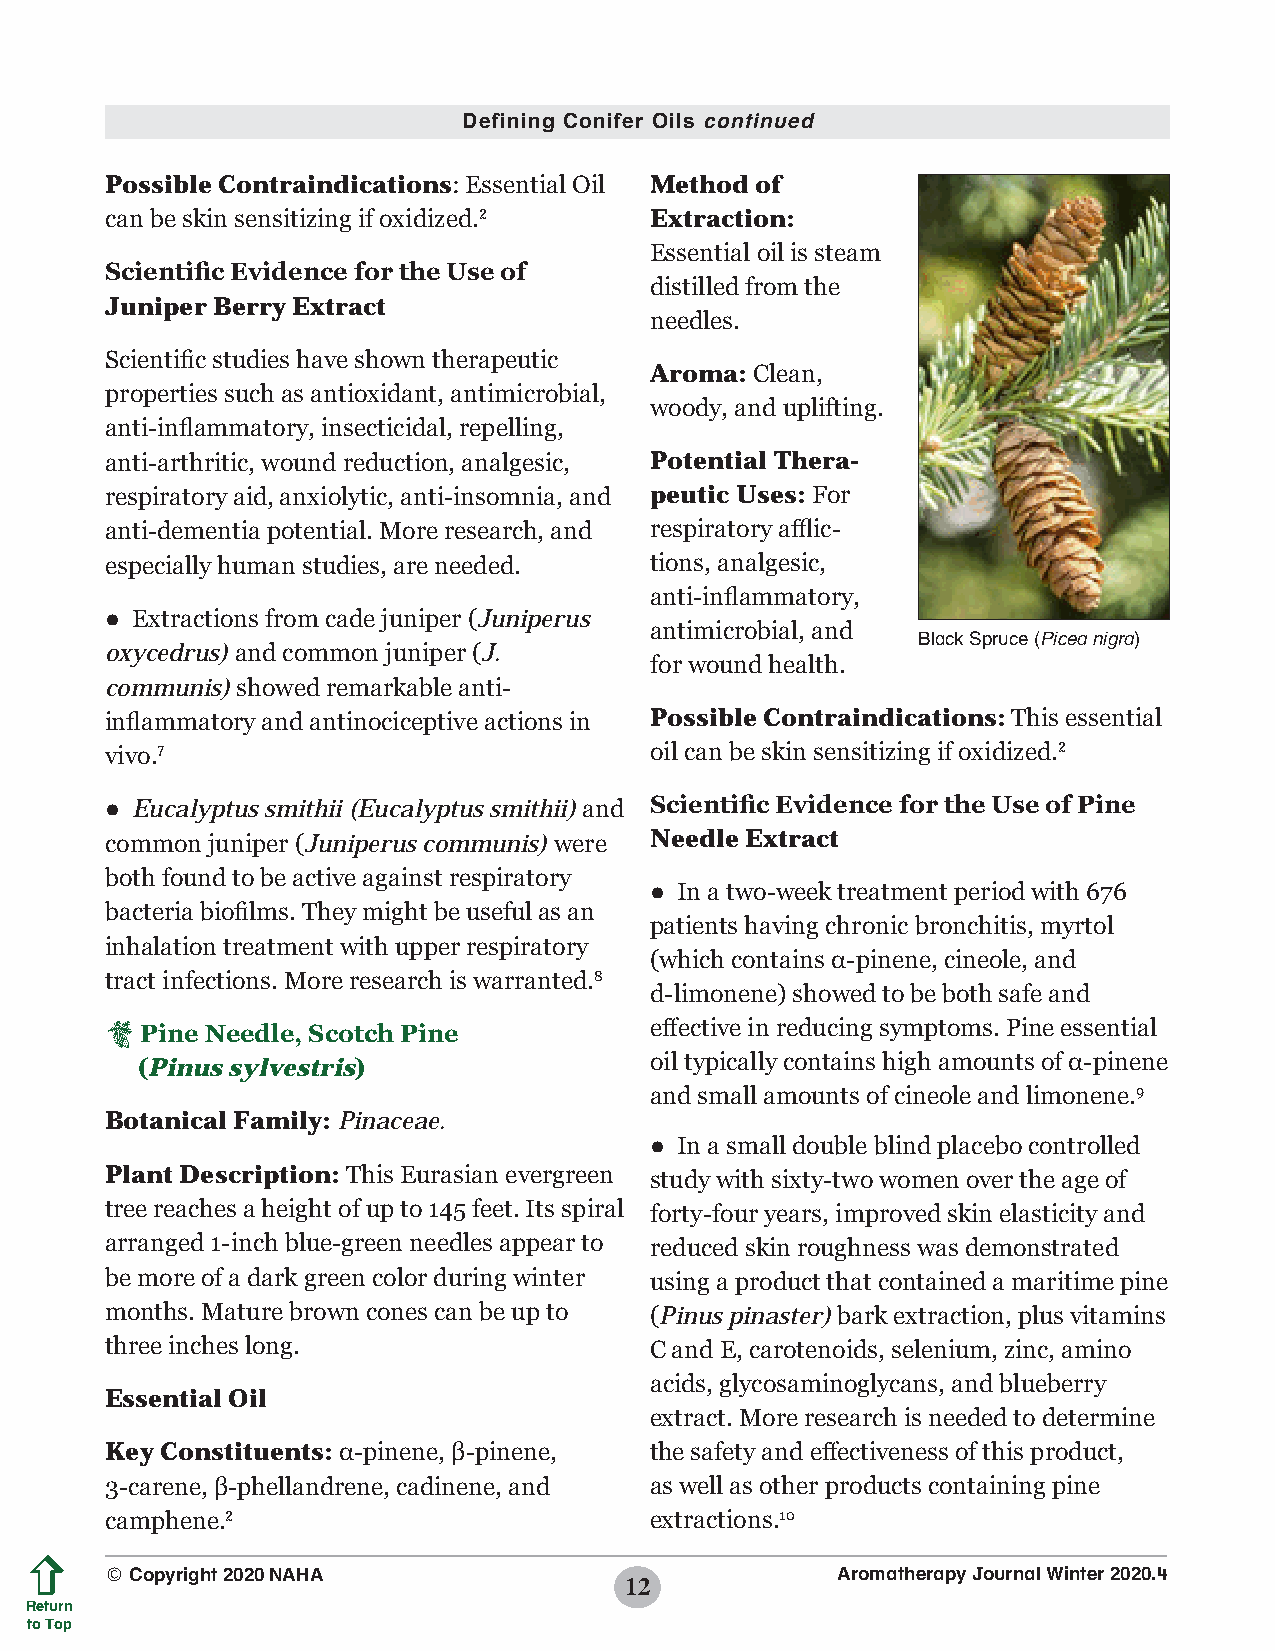
Defining Conifer Oils continued
 Possible Contraindications: Essential Oil Method of
 can be skin sensitizing if oxidized.2 Extraction:
 Essential oil is steam
 Scientific Evidence for the Use of
 distilled from the
 Juniper Berry Extract
 needles.
 Scientific studies have shown therapeutic
 Aroma: Clean,
 properties such as antioxidant, antimicrobial,
 woody, and uplifting.
 anti-inflammatory, insecticidal, repelling,
 anti-arthritic, wound reduction, analgesic, Potential Thera-
 respiratory aid, anxiolytic, anti-insomnia, and peutic Uses: For
 anti-dementia potential. More research, and respiratory afflic-
 especially human studies, are needed. tions, analgesic,
 anti-inflammatory,
 ● Extractions from cade juniper (Juniperus
 antimicrobial, and
 Black Spruce (Picea nigra)
 oxycedrus) and common juniper (J.
 for wound health.
 communis) showed remarkable anti-
 inflammatory and antinociceptive actions in Possible Contraindications: This essential
 vivo.7                              oil can be skin sensitizing if oxidized.2
 ● Eucalyptus smithii (Eucalyptus smithii) and Scientific Evidence for the Use of Pine
 common juniper (Juniperus communis) were Needle Extract
 both found to be active against respiratory
 ● In a two-week treatment period with 676
 bacteria biofilms. They might be useful as an
 patients having chronic bronchitis, myrtol
 inhalation treatment with upper respiratory
 (which contains α-pinene, cineole, and
 tract infections. More research is warranted.8
 d-limonene) showed to be both safe and
  Pine Needle, Scotch Pine          effective in reducing symptoms. Pine essential
 (Pinus sylvestris)                oil typically contains high amounts of α-pinene
 and small amounts of cineole and limonene.9
 Botanical Family: Pinaceae.
 ● In a small double blind placebo controlled
 Plant Description: This Eurasian evergreen study with sixty-two women over the age of
 tree reaches a height of up to 145 feet. Its spiral forty-four years, improved skin elasticity and
 arranged 1-inch blue-green needles appear to reduced skin roughness was demonstrated
 be more of a dark green color during winter using a product that contained a maritime pine
 months. Mature brown cones can be up to (Pinus pinaster) bark extraction, plus vitamins
 three inches long.                  C and E, carotenoids, selenium, zinc, amino
 acids, glycosaminoglycans, and blueberry
 Essential Oil
 extract. More research is needed to determine
 Key Constituents: α-pinene, β-pinene, the safety and effectiveness of this product,
 3-carene, β-phellandrene, cadinene, and as well as other products containing pine
 camphene.2                          extractions.10
 © Copyright 2020 NAHA                           Aromatherapy Journal Winter 2020.4
 12
 Return
 to Top
 